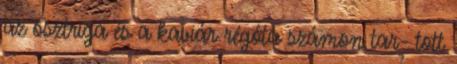
az osztriga és a kaviár régóta számon tar- tott